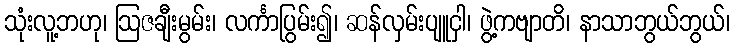
သုံးလူ့ဘဟု၊ ဩဇချီးမွမ်း၊ လင်္ကာပြွမ်း၍၊ ဆန်လှမ်းပျူငှါ၊ ဖွဲ့ကဗျာတိ၊ နာသာဘွယ်ဘွယ်၊